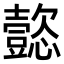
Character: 㦤